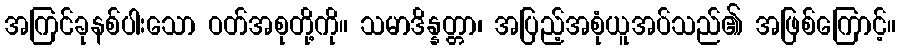
အကြင်ခုနစ်ပါးသော ဝတ်အစုတို့ကို။ သမာဒိန္နတ္တာ၊ အပြည့်အစုံယူအပ်သည်၏ အဖြစ်ကြောင့်။